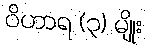
ဝိဟာရ (၃) မျိုး